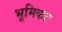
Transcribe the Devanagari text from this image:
भूमिकाः